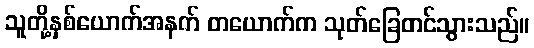
သူတို့နှစ်ယောက်အနက် တယောက်က သုတ်ခြေတင်သွားသည်။